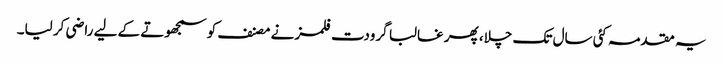
یہ مقدمہ کئی سال تک چلا، پھر غالبا گرودت فلمز نے مصنف کو سمجھوتے کے لیے راضی کر لیا۔